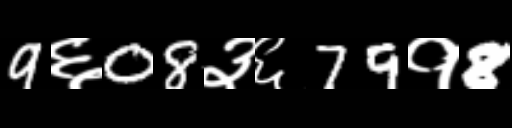
Text: 9६08३६79१8